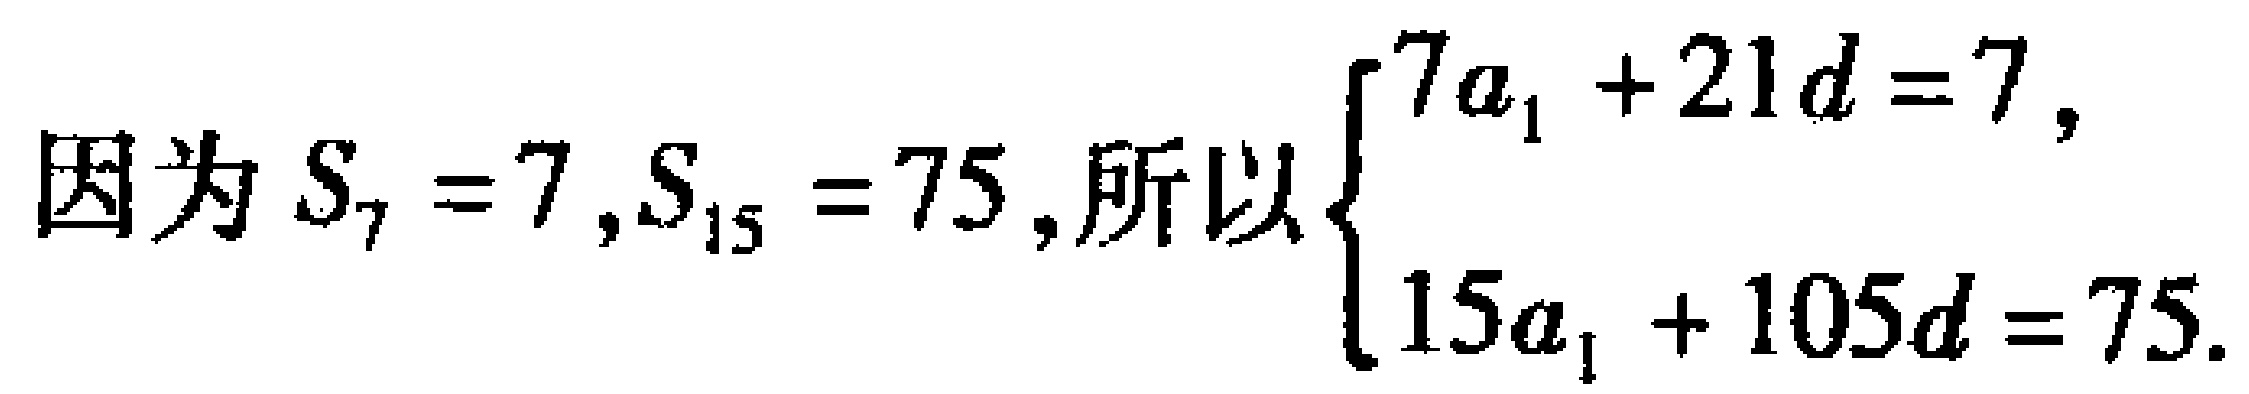
因为 \(S_{7}=7,S_{15}=75\),所以\(\begin{cases}7a_{1}+21d = 7,\\15a_{1}+105d = 75.\end{cases}\)